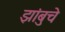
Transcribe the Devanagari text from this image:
झांबुचे